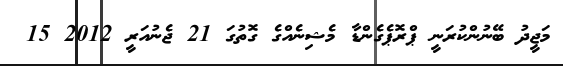
މަޖީދު ބޭނުންކުރަނީ ޕްރޮޕެގެންޑާ މެޝިނެއްގެ ގޮތުގަ 21 ޖެނުއަރީ 2012 15